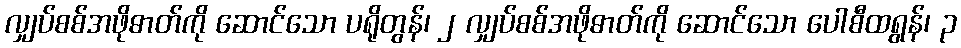
လျှပ်စစ်အဖိုဓာတ်ကို ဆောင်သော ပရိုတွန်၊ ၂ လျှပ်စစ်အဖိုဓာတ်ကို ဆောင်သော ပေါစီထရွန်၊ ၃